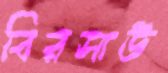
বিরসাউ